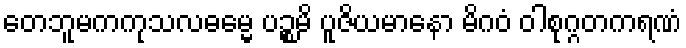
တေဘူမကကုသလဓမ္မေ ပဉ္စမိ ပူဇိယမာနော မိဂဝံ ဝါစုဂ္ဂတကရဏံ